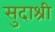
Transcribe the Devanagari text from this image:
सुदाश्री